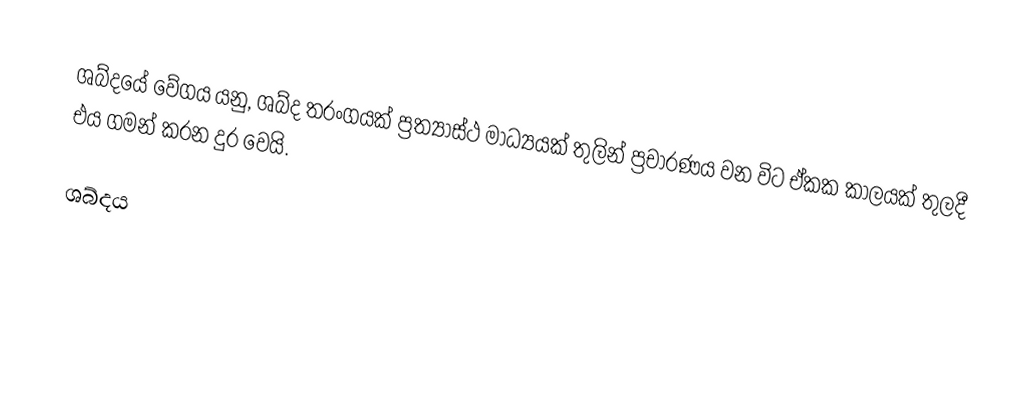
ශබ්දයේ වේගය යනු, ශබ්ද තරංගයක් ප්‍රත්‍යාස්ථ මාධ්‍යයක් තුලින් ප්‍රචාරණය වන විට ඒකක කාලයක් තුලදී එය ගමන් කරන දුර වෙයි.

ශබ්දය